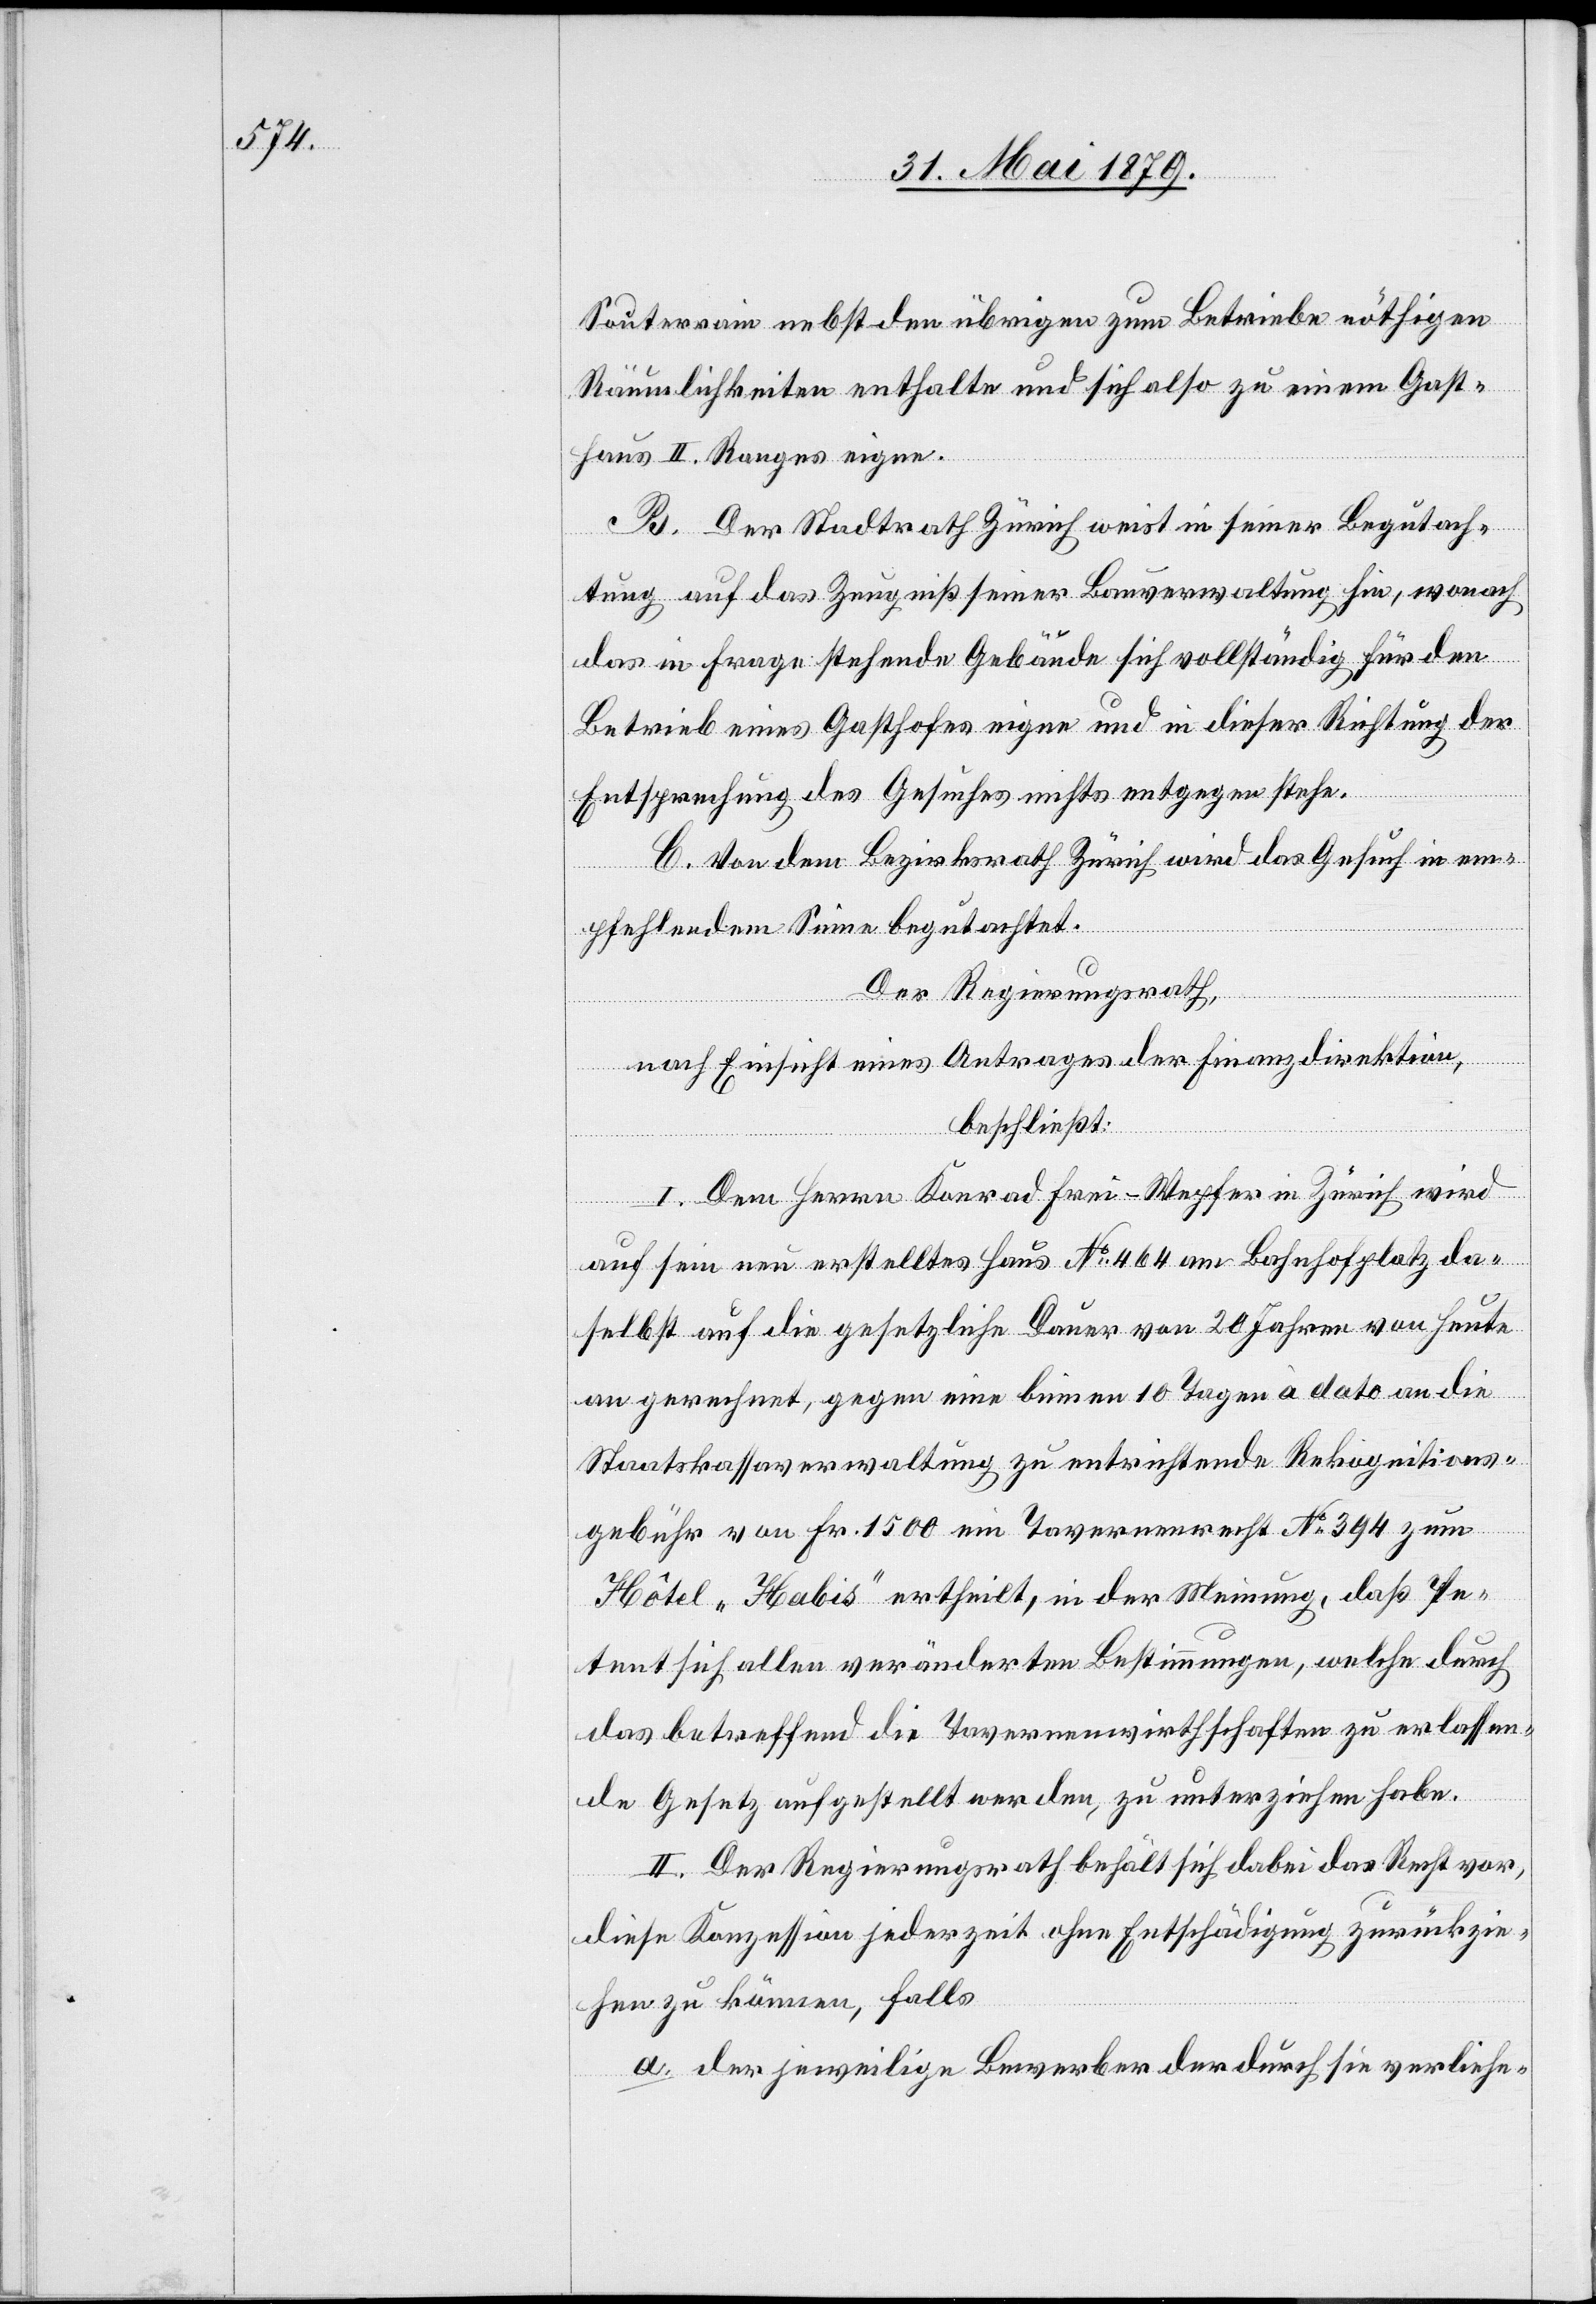
Souterrain nebst den übrigen zum Betriebe nöthigen
Räumlichkeiten enthalte und sich also zu einem Gast¬
haus II. Ranges eigne.
B. Der Stadtrath Zürich weist in seiner Begutach¬
tung auf das Zeugniß seiner Bauverwaltung hin, wonach
das in Frage stehende Gebäude sich vollständig für den
Betrieb eines Gasthofes eigne und in dieser Richtung der
Entsprechung des Gesuches nichts entgegen stehe.
C. Von dem Bezirksrath Zürich wird das Gesuch in em¬
pfehlendem Sinne begutachtet.
Der Regierungsrath,
nach Einsicht eines Antrages der Finanzdirektion,
beschließt:
I. Dem Herrn Konrad Frei-Wepfer in Zürich wird
auf sein neu erstelltes Haus No 464 am Bahnhofplatz da¬
selbst auf die gesetzliche Dauer von 20 Jahren von Heute
an gerechnet, gegen eine binnen 10 Tagen à dato an die
Staatskassaverwaltung zu entrichtende Rekognitions¬
gebühr von Fr. 1500 ein Tavernenrecht No 394 zum
Hôtel „Habis“ ertheilt, in der Meinung, daß Pe¬
tent sich allen veränderten Bestimmungen, welche durch
das betreffend die Tavernenwirthschaften zu erlassen¬
de Gesetz aufgestellt werden, zu unterziehen habe.
II. Der Regierungsrath behält sich dabei das Recht vor,
diese Konzession jederzeit ohne Entschädigung zurückzie¬
hen zu können, falls
a. der jeweilige Bewerber der durch sie verliehe-